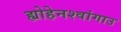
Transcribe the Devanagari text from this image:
ह्योहेनश्वांगाउ